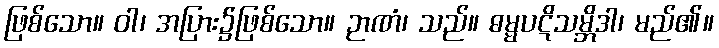
ဖြစ်သော။ ဝါ၊ အပြား၌ဖြစ်သော။ ဉာဏံ၊ သည်။ ဓမ္မပဋိသမ္ဘိဒါ၊ မည်၏။